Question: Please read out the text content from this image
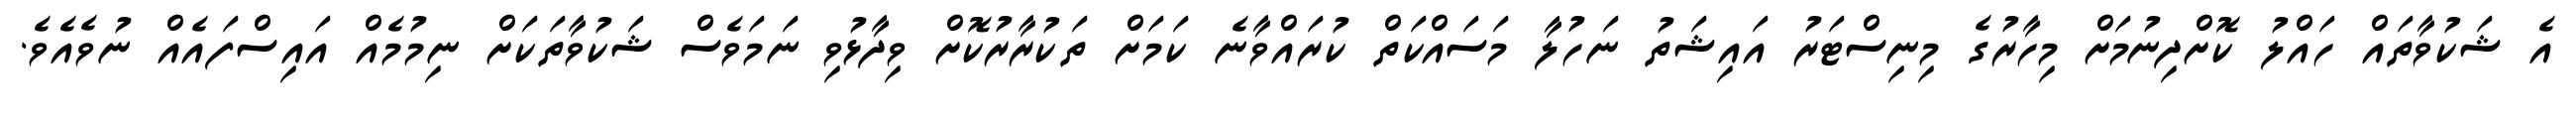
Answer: އެ ޝަކުވާތައް ހައްލު ކޮށްދިނުމަށް މިހާރުގެ މިނިސްޓަރު އައިޝަތު ނަހުލާ މަސައްކަތް ކުރައްވާނެ ކަމަށް ތަކުރާރުކޮށް ވިދާޅުވި ނަމަވެސް ޝަކުވާތަކަށް ނިމުމެއް އައިސްފައެއް ނުވެއެވެ.